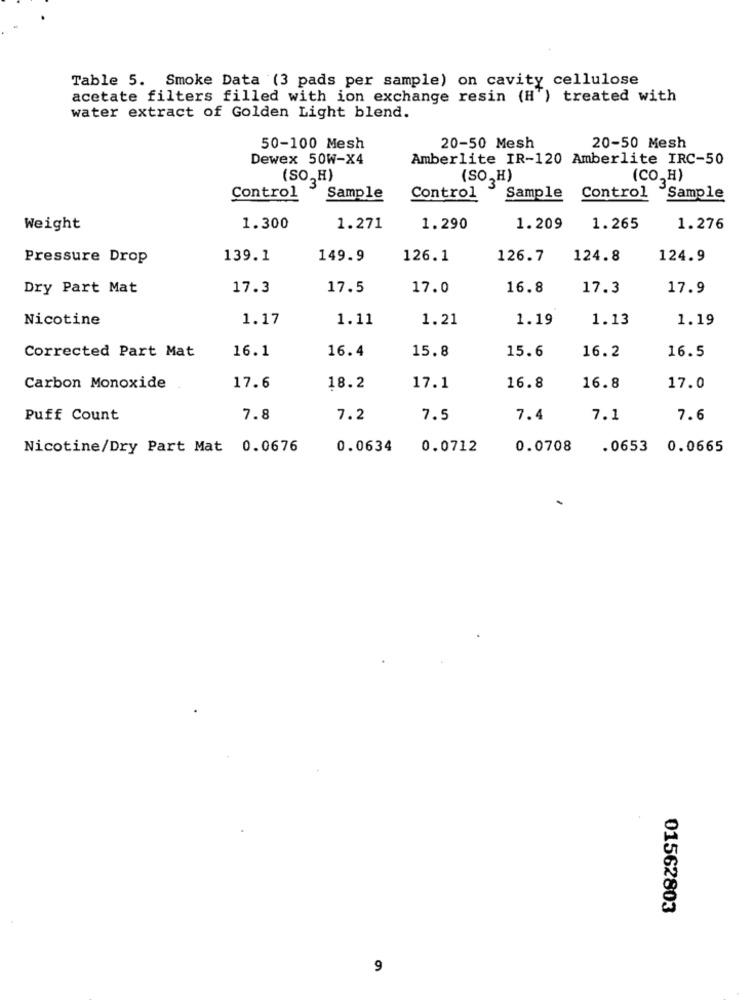
Table 5. Smoke Data (3 pads per sample) on cavity cellulose
acetate filters filled with ion exchange resin (H') treated with
water extract of Golden Light blend.
50-100 Mesh
20-50 Mesh
20-50 Mesh
Dewex 50W-X4
Amberlite IR-120 Amberlite IRC-50
(SO,H)
(SO, H)
(CO. H)
3
Control
Sample
Control
Sample
Control
Sample
Weight
1.300
1.271
1.290
1.209
1.265
1.276
Pressure Drop
139.1
149.9
126.1
126.7
124.8
124.9
Dry Part Mat
17.3
17.5
17.0
16.8
17.3
17.9
Nicotine
1.17
1.11
1.21
1.19
1.13
1.19
16.1
16.4
16.5
Corrected Part Mat
15.8
15.6
16.2
Carbon Monoxide
17.6
18.2
17.1
16.8
16.8
17.0
Puff Count
7.8
7.2
7.5
7.4
7.1
7.6
Nicotine/Dry Part Mat 0.0676
0.0634
0.0712
0.0708
.0653 0.0665
01562803
9